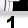
Digit: 1